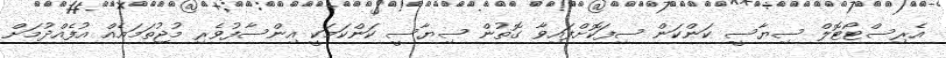
އެރިސްޓޯޓޮލް ސިޔާސީ ކަންކަން ސިފަކޮށްފައިވާ ގޮތުން ސިޔާސީ ކަންކަމަކީ އިންސާފުވެރި މުޖުތަމަޢެއް އުފެއްދުމަށް